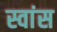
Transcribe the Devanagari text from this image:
स्वांस